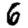
Digit: 6